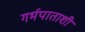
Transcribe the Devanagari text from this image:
गर्भपाताशी